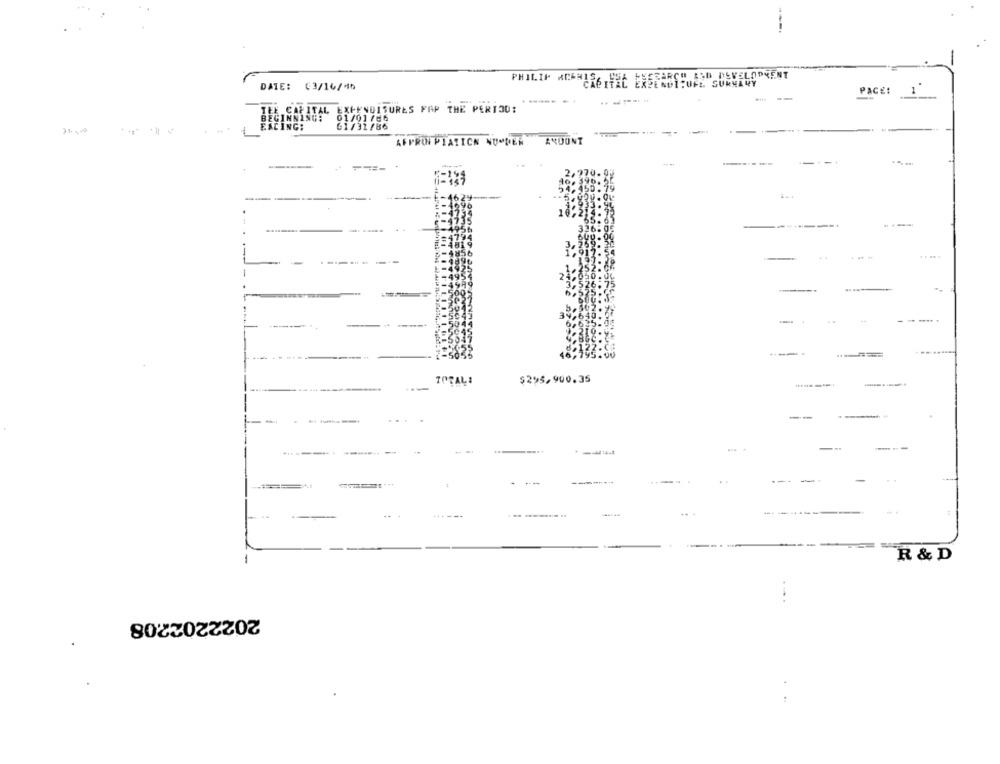
---.
SEARCH ASD DEVELOPMENT
PHILIP ACAHESCHEL EREENUITUFE SURNAVY
DATE: 03/16/46
PAGE:
1
------ -
THE CAPITAL EXPENDISURES FAP THE PERIOD:
01/01 /06
FACING:
61/31/86
--
AFPRON PIATICN NUMDER
ANUUNT
--
......
. .. .
......
----
....
----.
-.
TOTAL:
$295,900.35
----
-
--
---
------
---
--
-
------
R & D
2022202208